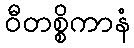
ဝီတစ္စိကာနံ